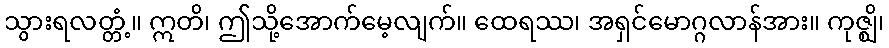
သွားရလတ္တံ့။ ဣတိ၊ ဤသို့အောက်မေ့လျက်။ ထေရဿ၊ အရှင်မောဂ္ဂလာန်အား။ ကုဇ္ဈိ၊